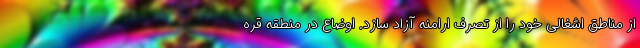
از مناطق اشغالی خود را از تصرف ارامنه آزاد سازد. اوضاع در منطقه قره